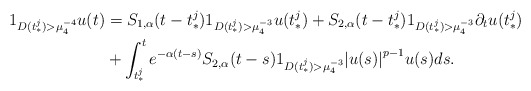
\begin{align*}{1_{D(t_*^j) > \mu _4^{ - 4}}}u(t) &= {S_{1,\alpha }}(t - t_*^j){1_{D(t_*^j) > \mu _4^{ - 3}}}u(t_*^j) + {S_{2,\alpha }}(t - t_*^j){1_{D(t_*^j) > \mu _4^{ - 3}}}{\partial _t}u(t_*^j)\\&+ \int_{t_*^j}^t {{e^{ - \alpha (t - s)}}}S_{2,\alpha}(t-s) {1_{D(t_*^j) > \mu _4^{ - 3}}}{\left| {u(s)} \right|^{p - 1}}u(s)ds.\end{align*}